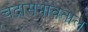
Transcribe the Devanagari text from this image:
चंद्रासभोवताल